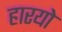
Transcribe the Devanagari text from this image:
हारयो